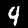
Label: 4